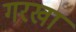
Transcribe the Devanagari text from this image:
गरखा